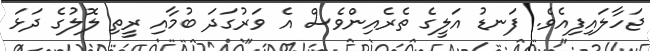
ޖަހާލައިފިއެވެ. ފަނޑު އަލީގެ ތެރެއިންވެސް އެ ވަރުގަދަ ބުމާއި ރީތި ލޮލުގެ ދަޅަ